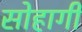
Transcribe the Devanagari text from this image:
सोहागी